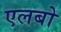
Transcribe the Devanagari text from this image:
एलबो